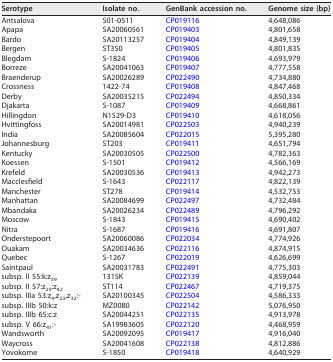
<table><thead><tr><td><b>Serotype</b></td><td><b>Isolate no.</b></td><td><b>GenBank accession no.</b></td><td><b>Genome size (bp)</b></td></tr></thead><tbody><tr><td>Antsalova</td><td>S01-0511</td><td>CP019116</td><td>4,648,086</td></tr><tr><td>Apapa</td><td>SA20060561</td><td>CP019403</td><td>4,801,658</td></tr><tr><td>Bardo</td><td>SA20113257</td><td>CP019404</td><td>4,849,139</td></tr><tr><td>Bergen</td><td>ST350</td><td>CP019405</td><td>4,801,835</td></tr><tr><td>Blegdam</td><td>S-1824</td><td>CP019406</td><td>4,693,979</td></tr><tr><td>Borreze</td><td>SA20041063</td><td>CP019407</td><td>4,777,558</td></tr><tr><td>Braenderup</td><td>SA20026289</td><td>CP022490</td><td>4,734,880</td></tr><tr><td>Crossness</td><td>1422-74</td><td>CP019408</td><td>4,847,468</td></tr><tr><td>Derby</td><td>SA20035215</td><td>CP022494</td><td>4,850,334</td></tr><tr><td>Djakarta</td><td>S-1087</td><td>CP019409</td><td>4,668,861</td></tr><tr><td>Hillingdon</td><td>N1529-D3</td><td>CP019410</td><td>4,618,056</td></tr><tr><td>Hvittingfoss</td><td>SA20014981</td><td>CP022503</td><td>4,940,239</td></tr><tr><td>India</td><td>SA20085604</td><td>CP022015</td><td>5,395,280</td></tr><tr><td>Johannesburg</td><td>ST203</td><td>CP019411</td><td>4,651,794</td></tr><tr><td>Kentucky</td><td>SA20030505</td><td>CP022500</td><td>4,782,363</td></tr><tr><td>Koessen</td><td>S-1501</td><td>CP019412</td><td>4,566,169</td></tr><tr><td>Krefeld</td><td>SA20030536</td><td>CP019413</td><td>4,942,273</td></tr><tr><td>Macclesfield</td><td>S-1643</td><td>CP022117</td><td>4,822,139</td></tr><tr><td>Manchester</td><td>ST278</td><td>CP019414</td><td>4,532,753</td></tr><tr><td>Manhattan</td><td>SA20084699</td><td>CP022497</td><td>4,732,484</td></tr><tr><td>Mbandaka</td><td>SA20026234</td><td>CP022489</td><td>4,796,292</td></tr><tr><td>Moscow</td><td>S-1843</td><td>CP019415</td><td>4,690,402</td></tr><tr><td>Nitra</td><td>S-1687</td><td>CP019416</td><td>4,691,807</td></tr><tr><td>Onderstepoort</td><td>SA20060086</td><td>CP022034</td><td>4,774,926</td></tr><tr><td>Ouakam</td><td>SA20034636</td><td>CP022116</td><td>4,874,915</td></tr><tr><td>Quebec</td><td>S-1267</td><td>CP022019</td><td>4,626,699</td></tr><tr><td>Saintpaul</td><td>SA20031783</td><td>CP022491</td><td>4,775,303</td></tr><tr><td>subsp. II 55:k:z<sub>39</sub></td><td>1315K</td><td>CP022139</td><td>4,859,044</td></tr><tr><td>subsp. II 57:z<sub>29</sub>:z<sub>42</sub></td><td>ST114</td><td>CP022467</td><td>4,719,375</td></tr><tr><td>subsp. IIIa 53:z<sub>4</sub>,z<sub>23</sub>,z<sub>32</sub>:-</td><td>SA20100345</td><td>CP022504</td><td>4,586,333</td></tr><tr><td>subsp. IIIb 50:k:z</td><td>MZ0080</td><td>CP022142</td><td>5,076,950</td></tr><tr><td>subsp. IIIb 65:c:z</td><td>SA20044251</td><td>CP022135</td><td>4,913,978</td></tr><tr><td>subsp. V 66:z<sub>41</sub>:-</td><td>SA19983605</td><td>CP022120</td><td>4,468,959</td></tr><tr><td>Wandsworth</td><td>SA20092095</td><td>CP019417</td><td>4,916,040</td></tr><tr><td>Waycross</td><td>SA20041608</td><td>CP022138</td><td>4,812,886</td></tr><tr><td>Yovokome</td><td>S-1850</td><td>CP019418</td><td>4,640,929</td></tr></tbody></table>